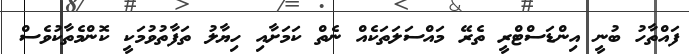
ފައްތާހު ބުނީ އިންޑަސްޓްރީ ތެރޭ މައްސަލަތަކެއް ނެތް ކަމަށާއި ހިޔާލު ތަފާތުވުމަކީ ކޮންމެތާކުވެސް